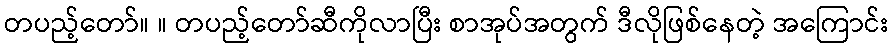
တပည့်တော်။ ။ တပည့်တော်ဆီကိုလာပြီး စာအုပ်အတွက် ဒီလိုဖြစ်နေတဲ့ အကြောင်း